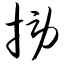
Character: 捞